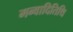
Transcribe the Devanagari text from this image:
मन्वादितिथि